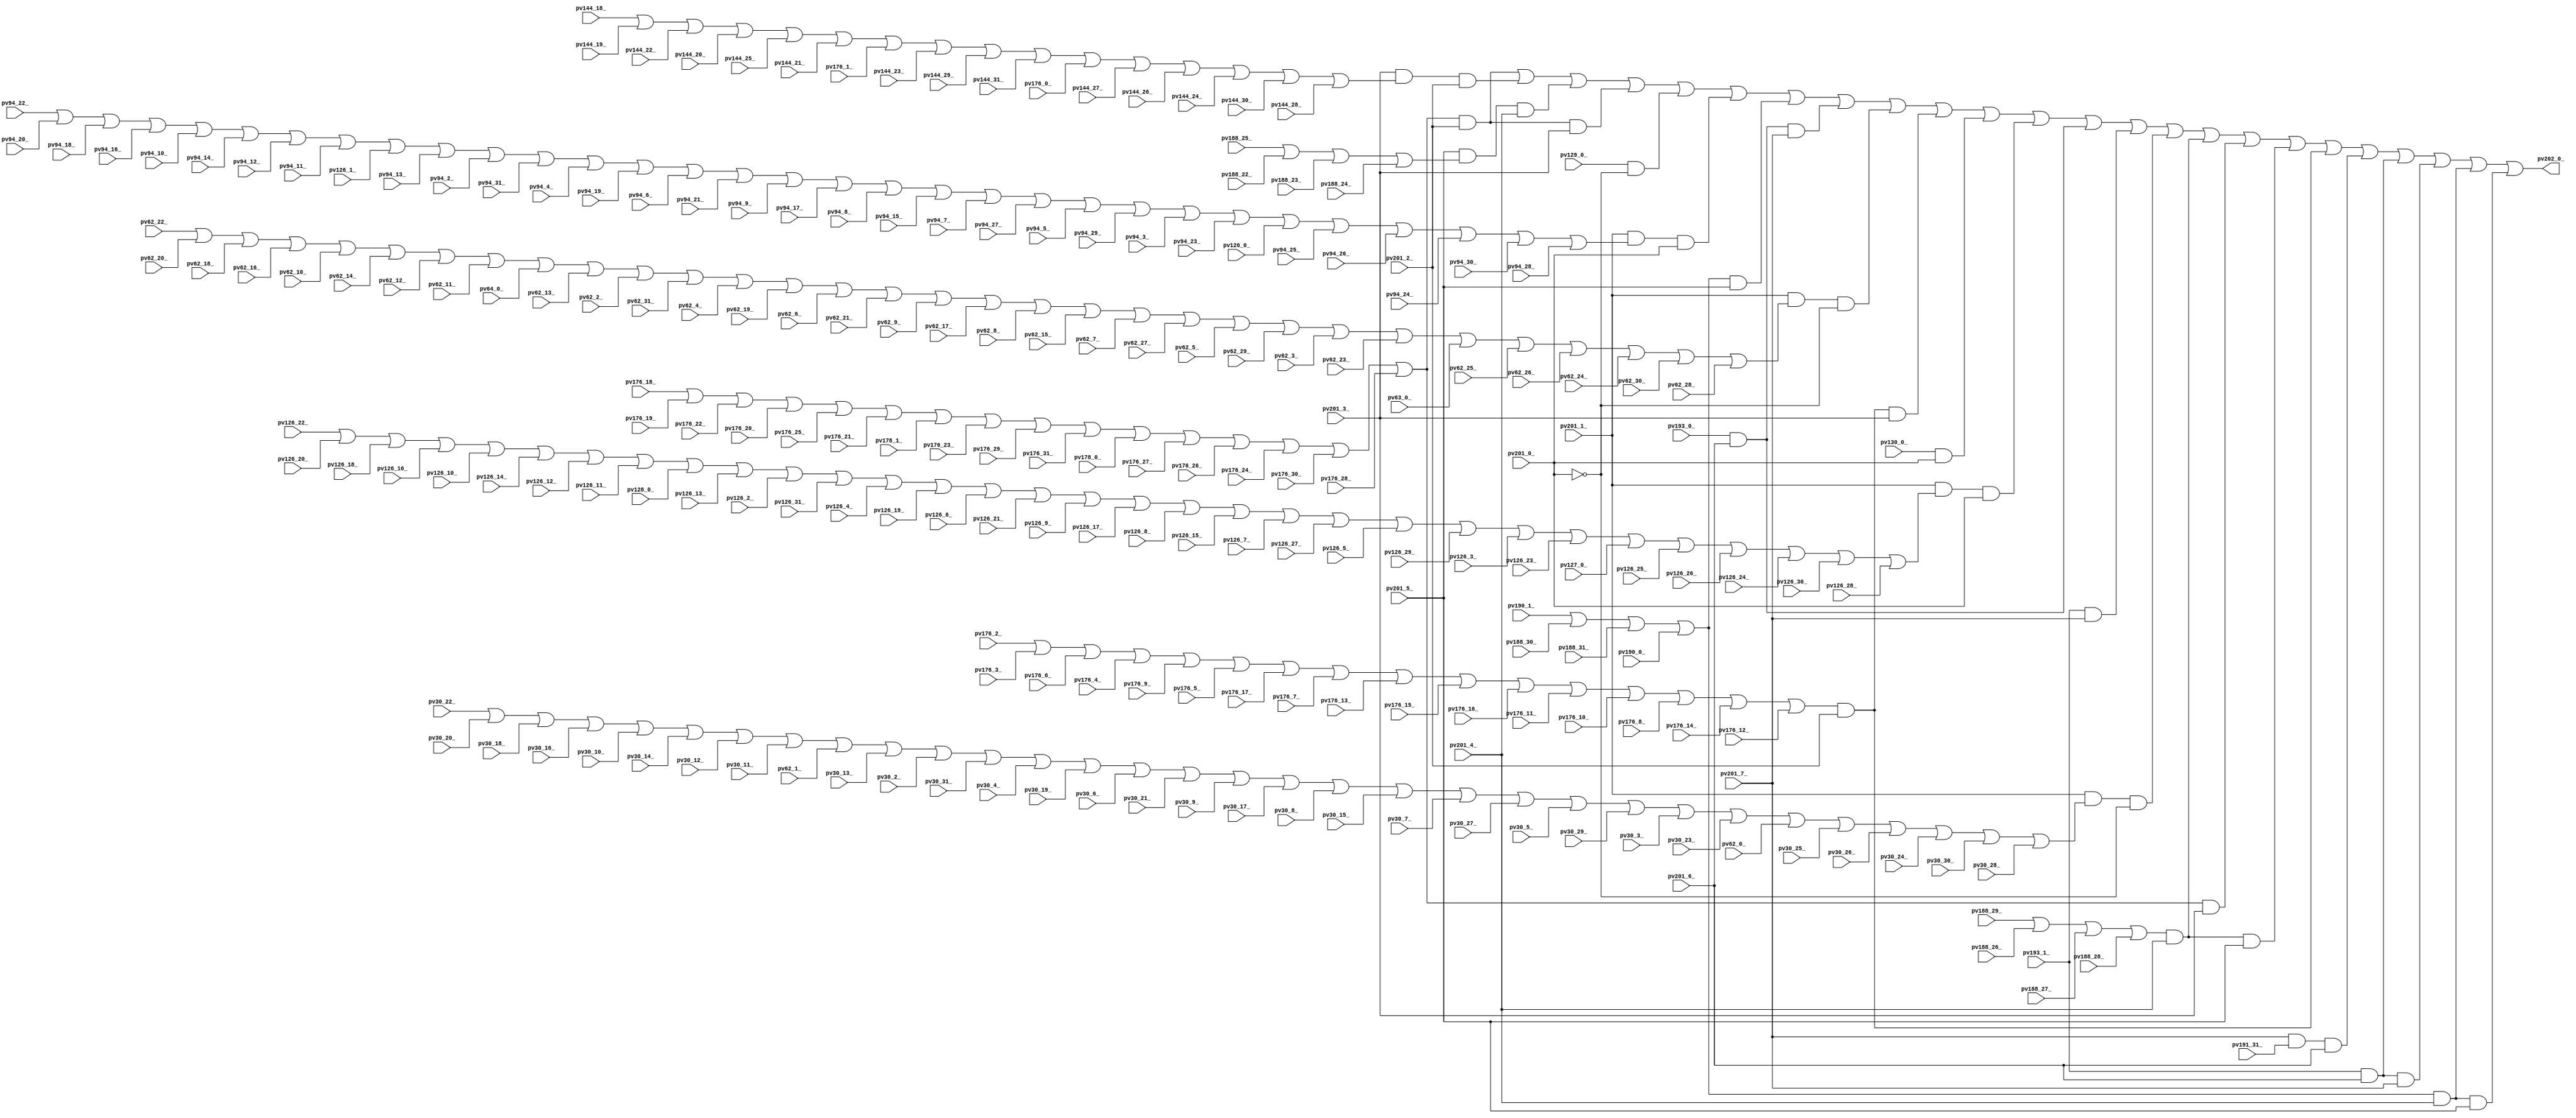
// Benchmark "top" written by ABC on Fri Mar 31 12:10:02 2023

module top ( 
    pv144_18_, pv126_20_, pv126_31_, pv94_30_, pv126_9_, pv129_0_,
    pv94_31_, pv144_19_, pv94_10_, pv94_21_, pv126_7_, pv126_10_,
    pv144_27_, pv176_31_, pv190_0_, pv94_11_, pv94_20_, pv126_8_,
    pv144_28_, pv176_30_, pv30_18_, pv30_29_, pv126_5_, pv144_29_,
    pv30_19_, pv30_28_, pv126_6_, pv128_0_, pv190_1_, pv30_9_, pv62_2_,
    pv64_0_, pv126_14_, pv126_27_, pv176_8_, pv176_22_, pv188_23_, pv30_8_,
    pv62_3_, pv126_13_, pv126_28_, pv176_7_, pv176_23_, pv178_1_,
    pv188_24_, pv30_7_, pv62_0_, pv126_12_, pv126_25_, pv176_6_, pv176_20_,
    pv178_0_, pv188_25_, pv30_6_, pv62_1_, pv63_0_, pv126_11_, pv126_26_,
    pv176_5_, pv176_21_, pv188_26_, pv30_5_, pv62_6_, pv94_7_, pv126_18_,
    pv126_23_, pv176_13_, pv188_27_, pv30_4_, pv62_7_, pv94_6_, pv126_17_,
    pv126_24_, pv176_12_, pv188_28_, pv30_3_, pv62_4_, pv94_9_, pv126_16_,
    pv126_21_, pv126_30_, pv130_0_, pv176_11_, pv188_29_, pv30_2_, pv62_5_,
    pv94_8_, pv126_15_, pv126_22_, pv176_9_, pv176_10_, pv30_30_, pv62_15_,
    pv62_26_, pv94_3_, pv176_0_, pv176_17_, pv30_31_, pv62_16_, pv62_25_,
    pv94_2_, pv176_16_, pv201_0_, pv62_8_, pv62_17_, pv62_28_, pv94_5_,
    pv176_15_, pv176_28_, pv201_1_, pv62_9_, pv62_18_, pv62_27_, pv94_4_,
    pv126_19_, pv176_14_, pv176_29_, pv191_31_, pv201_2_, pv62_19_,
    pv176_4_, pv176_26_, pv62_29_, pv176_3_, pv176_27_, pv188_31_,
    pv126_29_, pv176_2_, pv176_19_, pv176_24_, pv188_30_, pv176_1_,
    pv176_18_, pv176_25_, pv188_22_, pv30_16_, pv30_27_, pv94_14_,
    pv94_25_, pv126_3_, pv127_0_, pv144_23_, pv201_7_, pv30_17_, pv30_26_,
    pv62_30_, pv94_15_, pv94_24_, pv126_4_, pv144_24_, pv30_14_, pv30_25_,
    pv62_20_, pv94_12_, pv94_23_, pv126_1_, pv144_25_, pv30_15_, pv30_24_,
    pv62_10_, pv94_13_, pv94_22_, pv126_2_, pv144_26_, pv30_12_, pv30_23_,
    pv62_11_, pv62_22_, pv94_18_, pv94_29_, pv201_3_, pv30_13_, pv30_22_,
    pv62_12_, pv62_21_, pv94_19_, pv94_28_, pv126_0_, pv144_20_, pv144_31_,
    pv201_4_, pv30_10_, pv30_21_, pv62_13_, pv62_24_, pv62_31_, pv94_16_,
    pv94_27_, pv144_21_, pv144_30_, pv193_1_, pv201_5_, pv30_11_, pv30_20_,
    pv62_14_, pv62_23_, pv94_17_, pv94_26_, pv144_22_, pv193_0_, pv201_6_,
    pv202_0_  );
  input  pv144_18_, pv126_20_, pv126_31_, pv94_30_, pv126_9_, pv129_0_,
    pv94_31_, pv144_19_, pv94_10_, pv94_21_, pv126_7_, pv126_10_,
    pv144_27_, pv176_31_, pv190_0_, pv94_11_, pv94_20_, pv126_8_,
    pv144_28_, pv176_30_, pv30_18_, pv30_29_, pv126_5_, pv144_29_,
    pv30_19_, pv30_28_, pv126_6_, pv128_0_, pv190_1_, pv30_9_, pv62_2_,
    pv64_0_, pv126_14_, pv126_27_, pv176_8_, pv176_22_, pv188_23_, pv30_8_,
    pv62_3_, pv126_13_, pv126_28_, pv176_7_, pv176_23_, pv178_1_,
    pv188_24_, pv30_7_, pv62_0_, pv126_12_, pv126_25_, pv176_6_, pv176_20_,
    pv178_0_, pv188_25_, pv30_6_, pv62_1_, pv63_0_, pv126_11_, pv126_26_,
    pv176_5_, pv176_21_, pv188_26_, pv30_5_, pv62_6_, pv94_7_, pv126_18_,
    pv126_23_, pv176_13_, pv188_27_, pv30_4_, pv62_7_, pv94_6_, pv126_17_,
    pv126_24_, pv176_12_, pv188_28_, pv30_3_, pv62_4_, pv94_9_, pv126_16_,
    pv126_21_, pv126_30_, pv130_0_, pv176_11_, pv188_29_, pv30_2_, pv62_5_,
    pv94_8_, pv126_15_, pv126_22_, pv176_9_, pv176_10_, pv30_30_, pv62_15_,
    pv62_26_, pv94_3_, pv176_0_, pv176_17_, pv30_31_, pv62_16_, pv62_25_,
    pv94_2_, pv176_16_, pv201_0_, pv62_8_, pv62_17_, pv62_28_, pv94_5_,
    pv176_15_, pv176_28_, pv201_1_, pv62_9_, pv62_18_, pv62_27_, pv94_4_,
    pv126_19_, pv176_14_, pv176_29_, pv191_31_, pv201_2_, pv62_19_,
    pv176_4_, pv176_26_, pv62_29_, pv176_3_, pv176_27_, pv188_31_,
    pv126_29_, pv176_2_, pv176_19_, pv176_24_, pv188_30_, pv176_1_,
    pv176_18_, pv176_25_, pv188_22_, pv30_16_, pv30_27_, pv94_14_,
    pv94_25_, pv126_3_, pv127_0_, pv144_23_, pv201_7_, pv30_17_, pv30_26_,
    pv62_30_, pv94_15_, pv94_24_, pv126_4_, pv144_24_, pv30_14_, pv30_25_,
    pv62_20_, pv94_12_, pv94_23_, pv126_1_, pv144_25_, pv30_15_, pv30_24_,
    pv62_10_, pv94_13_, pv94_22_, pv126_2_, pv144_26_, pv30_12_, pv30_23_,
    pv62_11_, pv62_22_, pv94_18_, pv94_29_, pv201_3_, pv30_13_, pv30_22_,
    pv62_12_, pv62_21_, pv94_19_, pv94_28_, pv126_0_, pv144_20_, pv144_31_,
    pv201_4_, pv30_10_, pv30_21_, pv62_13_, pv62_24_, pv62_31_, pv94_16_,
    pv94_27_, pv144_21_, pv144_30_, pv193_1_, pv201_5_, pv30_11_, pv30_20_,
    pv62_14_, pv62_23_, pv94_17_, pv94_26_, pv144_22_, pv193_0_, pv201_6_;
  output pv202_0_;
  wire new_n_n73_, new_n_n92_, new_n_n116_, new_n_n119_, new_n_n105_,
    new_n_n84_, new_n_n148_, new_n_n74_, new_n_n129_, new_n_n143_,
    new_n_n104_, new_n_n97_, new_n_n78_, new_n_n48_, new_n_n20_,
    new_n_n138_, new_n_n124_, new_n_n98_, new_n_n68_, new_n_n35_,
    new_n_n189_, new_n_n211_, new_n_n103_, new_n_n79_, new_n_n206_,
    new_n_n184_, new_n_n99_, new_n_n117_, new_n_n23_, new_n_n201_,
    new_n_n165_, new_n_n181_, new_n_n95_, new_n_n114_, new_n_n54_,
    new_n_n39_, new_n_n30_, new_n_n194_, new_n_n166_, new_n_n107_,
    new_n_n88_, new_n_n60_, new_n_n44_, new_n_n49_, new_n_n28_,
    new_n_n200_, new_n_n182_, new_n_n96_, new_n_n113_, new_n_n55_,
    new_n_n40_, new_n_n34_, new_n_n31_, new_n_n195_, new_n_n213_,
    new_n_n150_, new_n_n106_, new_n_n89_, new_n_n59_, new_n_n43_,
    new_n_n25_, new_n_n199_, new_n_n163_, new_n_n136_, new_n_n93_,
    new_n_n112_, new_n_n63_, new_n_n26_, new_n_n196_, new_n_n168_,
    new_n_n131_, new_n_n109_, new_n_n90_, new_n_n52_, new_n_n24_,
    new_n_n198_, new_n_n164_, new_n_n137_, new_n_n94_, new_n_n111_,
    new_n_n87_, new_n_n82_, new_n_n62_, new_n_n27_, new_n_n197_,
    new_n_n167_, new_n_n130_, new_n_n108_, new_n_n91_, new_n_n61_,
    new_n_n53_, new_n_n183_, new_n_n172_, new_n_n153_, new_n_n134_,
    new_n_n66_, new_n_n65_, new_n_n212_, new_n_n158_, new_n_n177_,
    new_n_n133_, new_n_n50_, new_n_n85_, new_n_n162_, new_n_n173_,
    new_n_n152_, new_n_n135_, new_n_n64_, new_n_n36_, new_n_n83_,
    new_n_n169_, new_n_n157_, new_n_n178_, new_n_n132_, new_n_n110_,
    new_n_n51_, new_n_n47_, new_n_n16_, new_n_n32_, new_n_n174_,
    new_n_n56_, new_n_n37_, new_n_n179_, new_n_n58_, new_n_n46_,
    new_n_n22_, new_n_n115_, new_n_n57_, new_n_n42_, new_n_n38_,
    new_n_n21_, new_n_n81_, new_n_n41_, new_n_n45_, new_n_n29_,
    new_n_n190_, new_n_n210_, new_n_n127_, new_n_n145_, new_n_n102_,
    new_n_n86_, new_n_n76_, new_n_n17_, new_n_n205_, new_n_n185_,
    new_n_n151_, new_n_n140_, new_n_n122_, new_n_n100_, new_n_n70_,
    new_n_n191_, new_n_n209_, new_n_n156_, new_n_n128_, new_n_n144_,
    new_n_n149_, new_n_n77_, new_n_n204_, new_n_n186_, new_n_n161_,
    new_n_n139_, new_n_n123_, new_n_n101_, new_n_n69_, new_n_n192_,
    new_n_n208_, new_n_n170_, new_n_n155_, new_n_n125_, new_n_n147_,
    new_n_n33_, new_n_n203_, new_n_n187_, new_n_n160_, new_n_n175_,
    new_n_n142_, new_n_n120_, new_n_n118_, new_n_n72_, new_n_n80_,
    new_n_n18_, new_n_n193_, new_n_n207_, new_n_n171_, new_n_n154_,
    new_n_n180_, new_n_n126_, new_n_n146_, new_n_n75_, new_n_n67_,
    new_n_n13_, new_n_n19_, new_n_n202_, new_n_n188_, new_n_n159_,
    new_n_n176_, new_n_n141_, new_n_n121_, new_n_n71_, new_n_n14_,
    new_n_n15_, new_nv230_, new_nv234_, new_nv233_, new_nv232_, new_nv231_,
    new_n_n12_, new_nv237_, new_nv236_, new_nv235_, new_nv207_, new_n_n8_,
    new_nv218_, new_nv229_, new_n_n9_, new_nv219_, new_nv228_, new_nv209_,
    new_n_n5_, new_nv227_, new_nv208_, new_nv217_, new_nv226_, new_n_n7_,
    new_n_n2_, new_n_n6_, new_n_n3_, new_n_n10_, new_nv212_, new_n_n4_,
    new_n_n11_, new_nv213_, new_nv222_, new_nv210_, new_nv221_, new_nv211_,
    new_nv220_;
  assign new_n_n73_ = pv144_18_;
  assign new_n_n92_ = pv126_20_;
  assign new_n_n116_ = pv126_31_;
  assign new_n_n119_ = pv94_30_;
  assign new_n_n105_ = pv126_9_;
  assign new_n_n84_ = pv129_0_;
  assign new_n_n148_ = pv94_31_;
  assign new_n_n74_ = pv144_19_;
  assign new_n_n129_ = pv94_10_;
  assign new_n_n143_ = pv94_21_;
  assign new_n_n104_ = pv126_7_;
  assign new_n_n97_ = pv126_10_;
  assign new_n_n78_ = pv144_27_;
  assign new_n_n48_ = pv176_31_;
  assign new_n_n20_ = pv190_0_;
  assign new_n_n138_ = pv94_11_;
  assign new_n_n124_ = pv94_20_;
  assign new_n_n98_ = pv126_8_;
  assign new_n_n68_ = pv144_28_;
  assign new_n_n35_ = pv176_30_;
  assign new_n_n189_ = pv30_18_;
  assign new_n_n211_ = pv30_29_;
  assign new_n_n103_ = pv126_5_;
  assign new_n_n79_ = pv144_29_;
  assign new_n_n206_ = pv30_19_;
  assign new_n_n184_ = pv30_28_;
  assign new_n_n99_ = pv126_6_;
  assign new_n_n117_ = pv128_0_;
  assign new_n_n23_ = pv190_1_;
  assign new_n_n201_ = pv30_9_;
  assign new_n_n165_ = pv62_2_;
  assign new_n_n181_ = pv64_0_;
  assign new_n_n95_ = pv126_14_;
  assign new_n_n114_ = pv126_27_;
  assign new_n_n54_ = pv176_8_;
  assign new_n_n39_ = pv176_22_;
  assign new_n_n30_ = pv188_23_;
  assign new_n_n194_ = pv30_8_;
  assign new_n_n166_ = pv62_3_;
  assign new_n_n107_ = pv126_13_;
  assign new_n_n88_ = pv126_28_;
  assign new_n_n60_ = pv176_7_;
  assign new_n_n44_ = pv176_23_;
  assign new_n_n49_ = pv178_1_;
  assign new_n_n28_ = pv188_24_;
  assign new_n_n200_ = pv30_7_;
  assign new_n_n182_ = pv62_0_;
  assign new_n_n96_ = pv126_12_;
  assign new_n_n113_ = pv126_25_;
  assign new_n_n55_ = pv176_6_;
  assign new_n_n40_ = pv176_20_;
  assign new_n_n34_ = pv178_0_;
  assign new_n_n31_ = pv188_25_;
  assign new_n_n195_ = pv30_6_;
  assign new_n_n213_ = pv62_1_;
  assign new_n_n150_ = pv63_0_;
  assign new_n_n106_ = pv126_11_;
  assign new_n_n89_ = pv126_26_;
  assign new_n_n59_ = pv176_5_;
  assign new_n_n43_ = pv176_21_;
  assign new_n_n25_ = pv188_26_;
  assign new_n_n199_ = pv30_5_;
  assign new_n_n163_ = pv62_6_;
  assign new_n_n136_ = pv94_7_;
  assign new_n_n93_ = pv126_18_;
  assign new_n_n112_ = pv126_23_;
  assign new_n_n63_ = pv176_13_;
  assign new_n_n26_ = pv188_27_;
  assign new_n_n196_ = pv30_4_;
  assign new_n_n168_ = pv62_7_;
  assign new_n_n131_ = pv94_6_;
  assign new_n_n109_ = pv126_17_;
  assign new_n_n90_ = pv126_24_;
  assign new_n_n52_ = pv176_12_;
  assign new_n_n24_ = pv188_28_;
  assign new_n_n198_ = pv30_3_;
  assign new_n_n164_ = pv62_4_;
  assign new_n_n137_ = pv94_9_;
  assign new_n_n94_ = pv126_16_;
  assign new_n_n111_ = pv126_21_;
  assign new_n_n87_ = pv126_30_;
  assign new_n_n82_ = pv130_0_;
  assign new_n_n62_ = pv176_11_;
  assign new_n_n27_ = pv188_29_;
  assign new_n_n197_ = pv30_2_;
  assign new_n_n167_ = pv62_5_;
  assign new_n_n130_ = pv94_8_;
  assign new_n_n108_ = pv126_15_;
  assign new_n_n91_ = pv126_22_;
  assign new_n_n61_ = pv176_9_;
  assign new_n_n53_ = pv176_10_;
  assign new_n_n183_ = pv30_30_;
  assign new_n_n172_ = pv62_15_;
  assign new_n_n153_ = pv62_26_;
  assign new_n_n134_ = pv94_3_;
  assign new_n_n66_ = pv176_0_;
  assign new_n_n65_ = pv176_17_;
  assign new_n_n212_ = pv30_31_;
  assign new_n_n158_ = pv62_16_;
  assign new_n_n177_ = pv62_25_;
  assign new_n_n133_ = pv94_2_;
  assign new_n_n50_ = pv176_16_;
  assign new_n_n85_ = pv201_0_;
  assign new_n_n162_ = pv62_8_;
  assign new_n_n173_ = pv62_17_;
  assign new_n_n152_ = pv62_28_;
  assign new_n_n135_ = pv94_5_;
  assign new_n_n64_ = pv176_15_;
  assign new_n_n36_ = pv176_28_;
  assign new_n_n83_ = pv201_1_;
  assign new_n_n169_ = pv62_9_;
  assign new_n_n157_ = pv62_18_;
  assign new_n_n178_ = pv62_27_;
  assign new_n_n132_ = pv94_4_;
  assign new_n_n110_ = pv126_19_;
  assign new_n_n51_ = pv176_14_;
  assign new_n_n47_ = pv176_29_;
  assign new_n_n16_ = pv191_31_;
  assign new_n_n32_ = pv201_2_;
  assign new_n_n174_ = pv62_19_;
  assign new_n_n56_ = pv176_4_;
  assign new_n_n37_ = pv176_26_;
  assign new_n_n179_ = pv62_29_;
  assign new_n_n58_ = pv176_3_;
  assign new_n_n46_ = pv176_27_;
  assign new_n_n22_ = pv188_31_;
  assign new_n_n115_ = pv126_29_;
  assign new_n_n57_ = pv176_2_;
  assign new_n_n42_ = pv176_19_;
  assign new_n_n38_ = pv176_24_;
  assign new_n_n21_ = pv188_30_;
  assign new_n_n81_ = pv176_1_;
  assign new_n_n41_ = pv176_18_;
  assign new_n_n45_ = pv176_25_;
  assign new_n_n29_ = pv188_22_;
  assign new_n_n190_ = pv30_16_;
  assign new_n_n210_ = pv30_27_;
  assign new_n_n127_ = pv94_14_;
  assign new_n_n145_ = pv94_25_;
  assign new_n_n102_ = pv126_3_;
  assign new_n_n86_ = pv127_0_;
  assign new_n_n76_ = pv144_23_;
  assign new_n_n17_ = pv201_7_;
  assign new_n_n205_ = pv30_17_;
  assign new_n_n185_ = pv30_26_;
  assign new_n_n151_ = pv62_30_;
  assign new_n_n140_ = pv94_15_;
  assign new_n_n122_ = pv94_24_;
  assign new_n_n100_ = pv126_4_;
  assign new_n_n70_ = pv144_24_;
  assign new_n_n191_ = pv30_14_;
  assign new_n_n209_ = pv30_25_;
  assign new_n_n156_ = pv62_20_;
  assign new_n_n128_ = pv94_12_;
  assign new_n_n144_ = pv94_23_;
  assign new_n_n149_ = pv126_1_;
  assign new_n_n77_ = pv144_25_;
  assign new_n_n204_ = pv30_15_;
  assign new_n_n186_ = pv30_24_;
  assign new_n_n161_ = pv62_10_;
  assign new_n_n139_ = pv94_13_;
  assign new_n_n123_ = pv94_22_;
  assign new_n_n101_ = pv126_2_;
  assign new_n_n69_ = pv144_26_;
  assign new_n_n192_ = pv30_12_;
  assign new_n_n208_ = pv30_23_;
  assign new_n_n170_ = pv62_11_;
  assign new_n_n155_ = pv62_22_;
  assign new_n_n125_ = pv94_18_;
  assign new_n_n147_ = pv94_29_;
  assign new_n_n33_ = pv201_3_;
  assign pv202_0_ = new_n_n12_;
  assign new_n_n203_ = pv30_13_;
  assign new_n_n187_ = pv30_22_;
  assign new_n_n160_ = pv62_12_;
  assign new_n_n175_ = pv62_21_;
  assign new_n_n142_ = pv94_19_;
  assign new_n_n120_ = pv94_28_;
  assign new_n_n118_ = pv126_0_;
  assign new_n_n72_ = pv144_20_;
  assign new_n_n80_ = pv144_31_;
  assign new_n_n18_ = pv201_4_;
  assign new_n_n193_ = pv30_10_;
  assign new_n_n207_ = pv30_21_;
  assign new_n_n171_ = pv62_13_;
  assign new_n_n154_ = pv62_24_;
  assign new_n_n180_ = pv62_31_;
  assign new_n_n126_ = pv94_16_;
  assign new_n_n146_ = pv94_27_;
  assign new_n_n75_ = pv144_21_;
  assign new_n_n67_ = pv144_30_;
  assign new_n_n13_ = pv193_1_;
  assign new_n_n19_ = pv201_5_;
  assign new_n_n202_ = pv30_11_;
  assign new_n_n188_ = pv30_20_;
  assign new_n_n159_ = pv62_14_;
  assign new_n_n176_ = pv62_23_;
  assign new_n_n141_ = pv94_17_;
  assign new_n_n121_ = pv94_26_;
  assign new_n_n71_ = pv144_22_;
  assign new_n_n14_ = pv193_0_;
  assign new_n_n15_ = pv201_6_;
  assign new_nv230_ = new_nv229_ & new_n_n19_;
  assign new_nv234_ = new_nv233_ & new_n_n17_;
  assign new_nv233_ = new_n_n14_ & new_n_n15_;
  assign new_nv232_ = new_n_n17_ & new_n_n16_ & new_n_n15_;
  assign new_nv231_ = new_n_n2_ & new_n_n19_;
  assign new_n_n12_ = new_nv220_ | new_nv217_ | new_nv226_ | new_nv221_ | new_nv208_ | new_nv212_ | new_nv231_ | new_nv234_ | new_nv210_ | new_nv219_ | new_nv211_ | new_nv213_ | new_nv233_ | new_nv237_ | new_nv209_ | new_nv227_ | new_nv222_ | new_nv228_ | new_nv218_ | new_nv232_ | new_nv235_ | new_nv236_ | new_nv229_ | new_nv230_;
  assign new_nv237_ = new_n_n13_ & new_n_n17_;
  assign new_nv236_ = new_nv235_ & new_n_n17_;
  assign new_nv235_ = new_n_n13_ & new_n_n15_;
  assign new_nv207_ = ~new_n_n85_;
  assign new_n_n8_ = new_n_n91_ | new_n_n92_ | new_n_n93_ | new_n_n94_ | new_n_n97_ | new_n_n95_ | new_n_n96_ | new_n_n106_ | new_n_n117_ | new_n_n107_ | new_n_n101_ | new_n_n116_ | new_n_n100_ | new_n_n110_ | new_n_n99_ | new_n_n111_ | new_n_n105_ | new_n_n109_ | new_n_n98_ | new_n_n108_ | new_n_n104_ | new_n_n114_ | new_n_n103_ | new_n_n115_ | new_n_n102_ | new_n_n112_ | new_n_n86_ | new_n_n113_ | new_n_n89_ | new_n_n90_ | new_n_n87_ | new_n_n88_;
  assign new_nv218_ = new_n_n6_ & new_n_n32_;
  assign new_nv229_ = new_n_n2_ & new_n_n18_;
  assign new_n_n9_ = new_n_n123_ | new_n_n124_ | new_n_n125_ | new_n_n126_ | new_n_n129_ | new_n_n127_ | new_n_n128_ | new_n_n138_ | new_n_n149_ | new_n_n139_ | new_n_n133_ | new_n_n148_ | new_n_n132_ | new_n_n142_ | new_n_n131_ | new_n_n143_ | new_n_n137_ | new_n_n141_ | new_n_n130_ | new_n_n140_ | new_n_n136_ | new_n_n146_ | new_n_n135_ | new_n_n147_ | new_n_n134_ | new_n_n144_ | new_n_n118_ | new_n_n145_ | new_n_n121_ | new_n_n122_ | new_n_n119_ | new_n_n120_;
  assign new_nv219_ = new_nv218_ & new_n_n33_;
  assign new_nv228_ = new_nv227_ & new_n_n19_;
  assign new_nv209_ = new_n_n83_ & new_n_n11_ & new_nv207_;
  assign new_n_n5_ = new_n_n41_ | new_n_n42_ | new_n_n39_ | new_n_n40_ | new_n_n45_ | new_n_n43_ | new_n_n49_ | new_n_n44_ | new_n_n47_ | new_n_n48_ | new_n_n34_ | new_n_n46_ | new_n_n37_ | new_n_n38_ | new_n_n35_ | new_n_n36_;
  assign new_nv227_ = new_n_n3_ & new_n_n18_;
  assign new_nv208_ = new_n_n84_ & new_nv207_;
  assign new_nv217_ = new_n_n33_ & new_n_n7_ & new_n_n32_;
  assign new_nv226_ = new_n_n19_ & new_n_n4_ & new_n_n18_;
  assign new_n_n7_ = new_n_n73_ | new_n_n74_ | new_n_n71_ | new_n_n72_ | new_n_n77_ | new_n_n75_ | new_n_n81_ | new_n_n76_ | new_n_n79_ | new_n_n80_ | new_n_n66_ | new_n_n78_ | new_n_n69_ | new_n_n70_ | new_n_n67_ | new_n_n68_;
  assign new_n_n2_ = new_n_n23_ | new_n_n21_ | new_n_n22_ | new_n_n20_;
  assign new_n_n6_ = new_n_n57_ | new_n_n58_ | new_n_n55_ | new_n_n56_ | new_n_n61_ | new_n_n59_ | new_n_n65_ | new_n_n60_ | new_n_n63_ | new_n_n64_ | new_n_n50_ | new_n_n62_ | new_n_n53_ | new_n_n54_ | new_n_n51_ | new_n_n52_;
  assign new_n_n3_ = new_n_n27_ | new_n_n25_ | new_n_n26_ | new_n_n24_;
  assign new_n_n10_ = new_n_n155_ | new_n_n156_ | new_n_n157_ | new_n_n158_ | new_n_n161_ | new_n_n159_ | new_n_n160_ | new_n_n170_ | new_n_n181_ | new_n_n171_ | new_n_n165_ | new_n_n180_ | new_n_n164_ | new_n_n174_ | new_n_n163_ | new_n_n175_ | new_n_n169_ | new_n_n173_ | new_n_n162_ | new_n_n172_ | new_n_n168_ | new_n_n178_ | new_n_n167_ | new_n_n179_ | new_n_n166_ | new_n_n176_ | new_n_n150_ | new_n_n177_ | new_n_n153_ | new_n_n154_ | new_n_n151_ | new_n_n152_;
  assign new_nv212_ = new_n_n83_ & new_n_n9_ & new_n_n85_;
  assign new_n_n4_ = new_n_n31_ | new_n_n29_ | new_n_n30_ | new_n_n28_;
  assign new_n_n11_ = new_n_n187_ | new_n_n188_ | new_n_n189_ | new_n_n190_ | new_n_n193_ | new_n_n191_ | new_n_n192_ | new_n_n202_ | new_n_n213_ | new_n_n203_ | new_n_n197_ | new_n_n212_ | new_n_n196_ | new_n_n206_ | new_n_n195_ | new_n_n207_ | new_n_n201_ | new_n_n205_ | new_n_n194_ | new_n_n204_ | new_n_n200_ | new_n_n210_ | new_n_n199_ | new_n_n211_ | new_n_n198_ | new_n_n208_ | new_n_n182_ | new_n_n209_ | new_n_n185_ | new_n_n186_ | new_n_n183_ | new_n_n184_;
  assign new_nv213_ = new_n_n83_ & new_n_n8_ & new_n_n85_;
  assign new_nv222_ = new_n_n5_ & new_n_n33_;
  assign new_nv210_ = new_n_n83_ & new_n_n10_ & new_nv207_;
  assign new_nv221_ = new_nv220_ & new_n_n33_;
  assign new_nv211_ = new_n_n82_ & new_n_n85_;
  assign new_nv220_ = new_n_n5_ & new_n_n32_;
endmodule